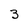
Character: 3